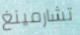
تشارمينغ